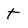
Character: t